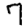
Digit: 7